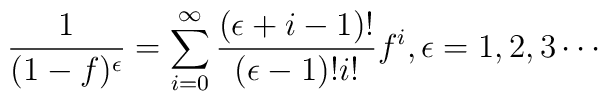
\frac{1}{(1-f)^\epsilon}=\sum^{\infty}_{i=0}\frac{(\epsilon +i-1)!}{(\epsilon-1)!i!}f^{i}, \epsilon =1, 2, 3\cdots